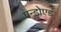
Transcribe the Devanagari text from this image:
एन्ड्रोएड